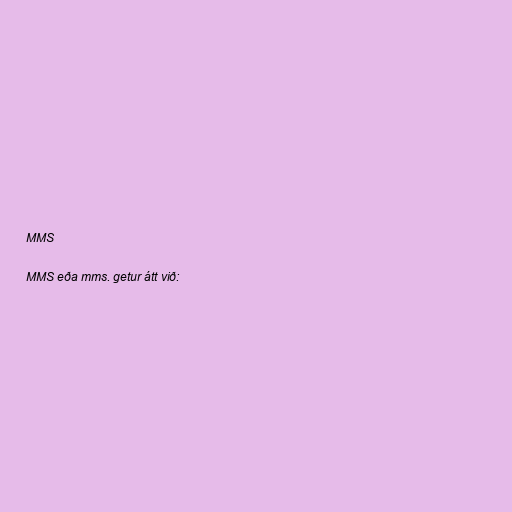
MMS

MMS eða mms. getur átt við: